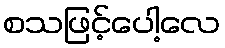
စသဖြင့်ပေါ့လေ